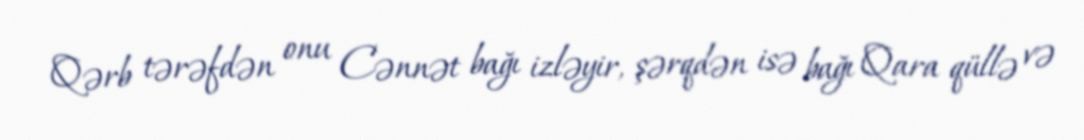
Qərb tərəfdən onu Cənnət bağı izləyir, şərqdən isə bağı Qara qüllə və